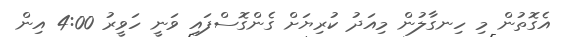
އެގޮތުން މި ހިނގާލުން މިއަދު ކުރިޔަށް ގެންގޮސްފައި ވަނީ ހަވީރު 4:00 އިން